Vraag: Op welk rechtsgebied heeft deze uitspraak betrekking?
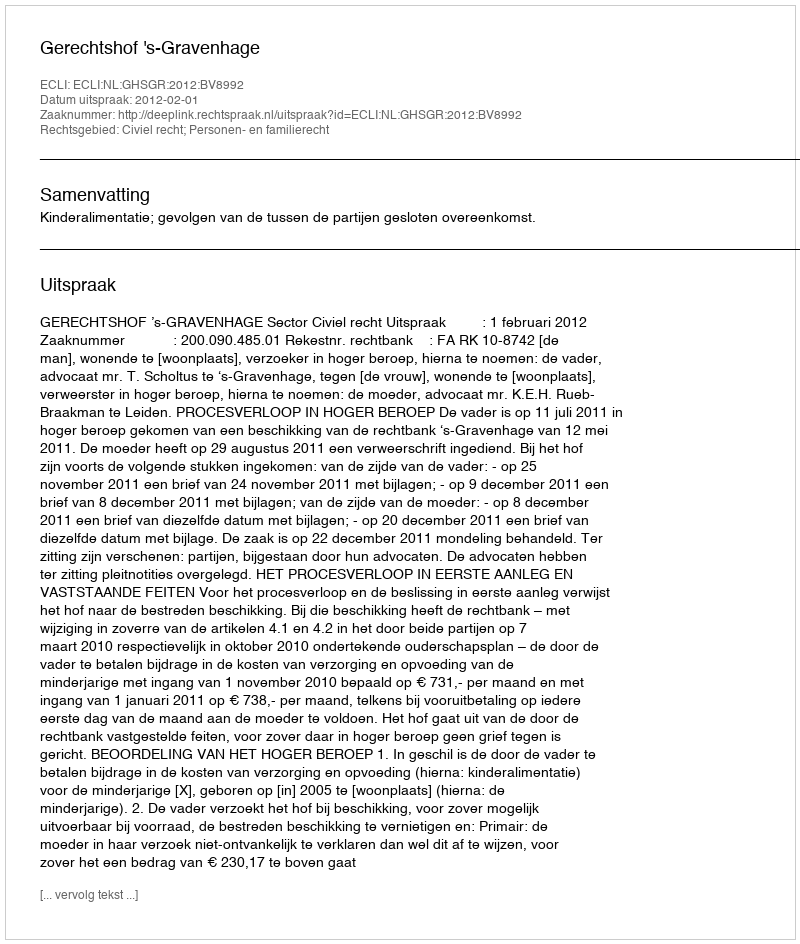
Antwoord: Civiel recht; Personen- en familierecht